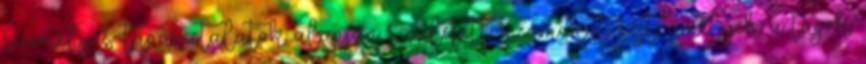
személyes tapasztalatok alapján született számokat rejt, amelyek a tagok